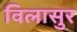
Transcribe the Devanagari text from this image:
विलासुर